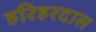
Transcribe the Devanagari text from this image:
हरिहरदास